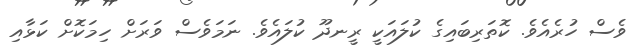
ވެސް ހުރެއެވެ. ކޮތަރިބައިގެ ކުލައަކީ ރީނދޫ ކުލައެވެ. ނަމަވެސް ވަރަށް ހިމަކޮށް ކަޅާއި